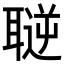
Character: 𦗄